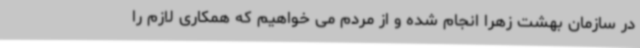
در سازمان بهشت زهرا انجام شده و از مردم می خواهیم که همکاری لازم را